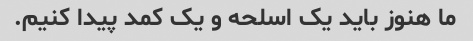
ما هنوز باید یک اسلحه و یک کمد پیدا کنیم.